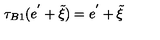
\tau _ { B 1 } ( e ^ { ' } + \tilde { \xi } ) = e ^ { ' } + \tilde { \xi }